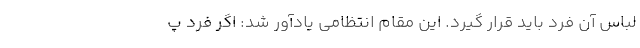
لباس آن فرد باید قرار گیرد. این مقام انتظامی یادآور شد: اگر فرد پ